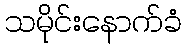
သမိုင်းနောက်ခံ